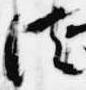
法